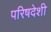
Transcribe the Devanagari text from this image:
परिषदेशी